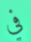
في